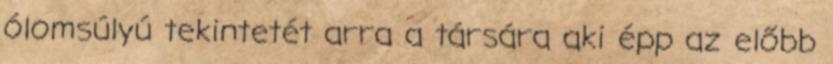
ólomsúlyú tekintetét arra a társára aki épp az előbb